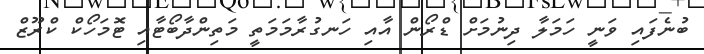
ބުނެފައި ވަނީ ހަމަލާ ދިނުމަށް ޑްރޯން އާއި ހަނގުރާމަމަތީ މަތިންދާބޯޓާއި ޓޮމަހޯކް ކްރޫޒް